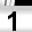
Digit: 1